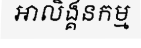
អាលិង្គនកម្ម